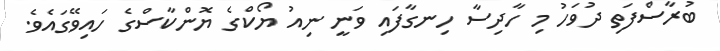
ބުރާސްފަތި ދުވަހު މި ހާދިސާ ހިނގާފައި ވަނީ ނިއު ޔޯކްގެ ޔޮންކާސްގެ ހައިވޭގައެވެ.